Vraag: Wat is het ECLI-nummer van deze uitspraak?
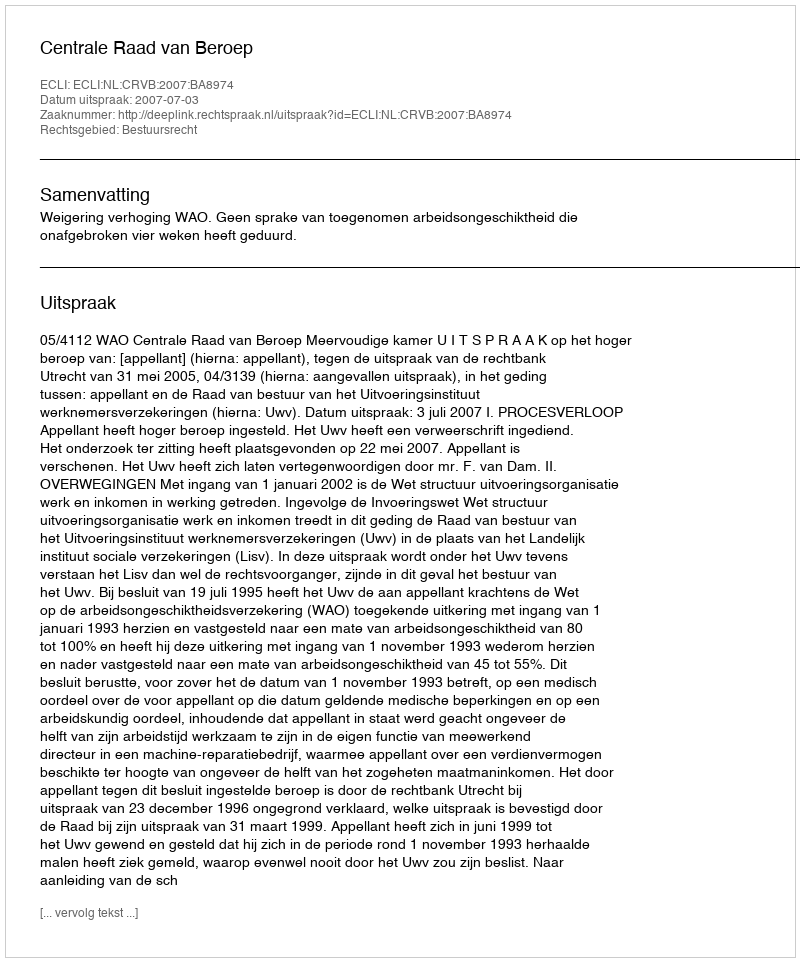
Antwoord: ECLI:NL:CRVB:2007:BA8974